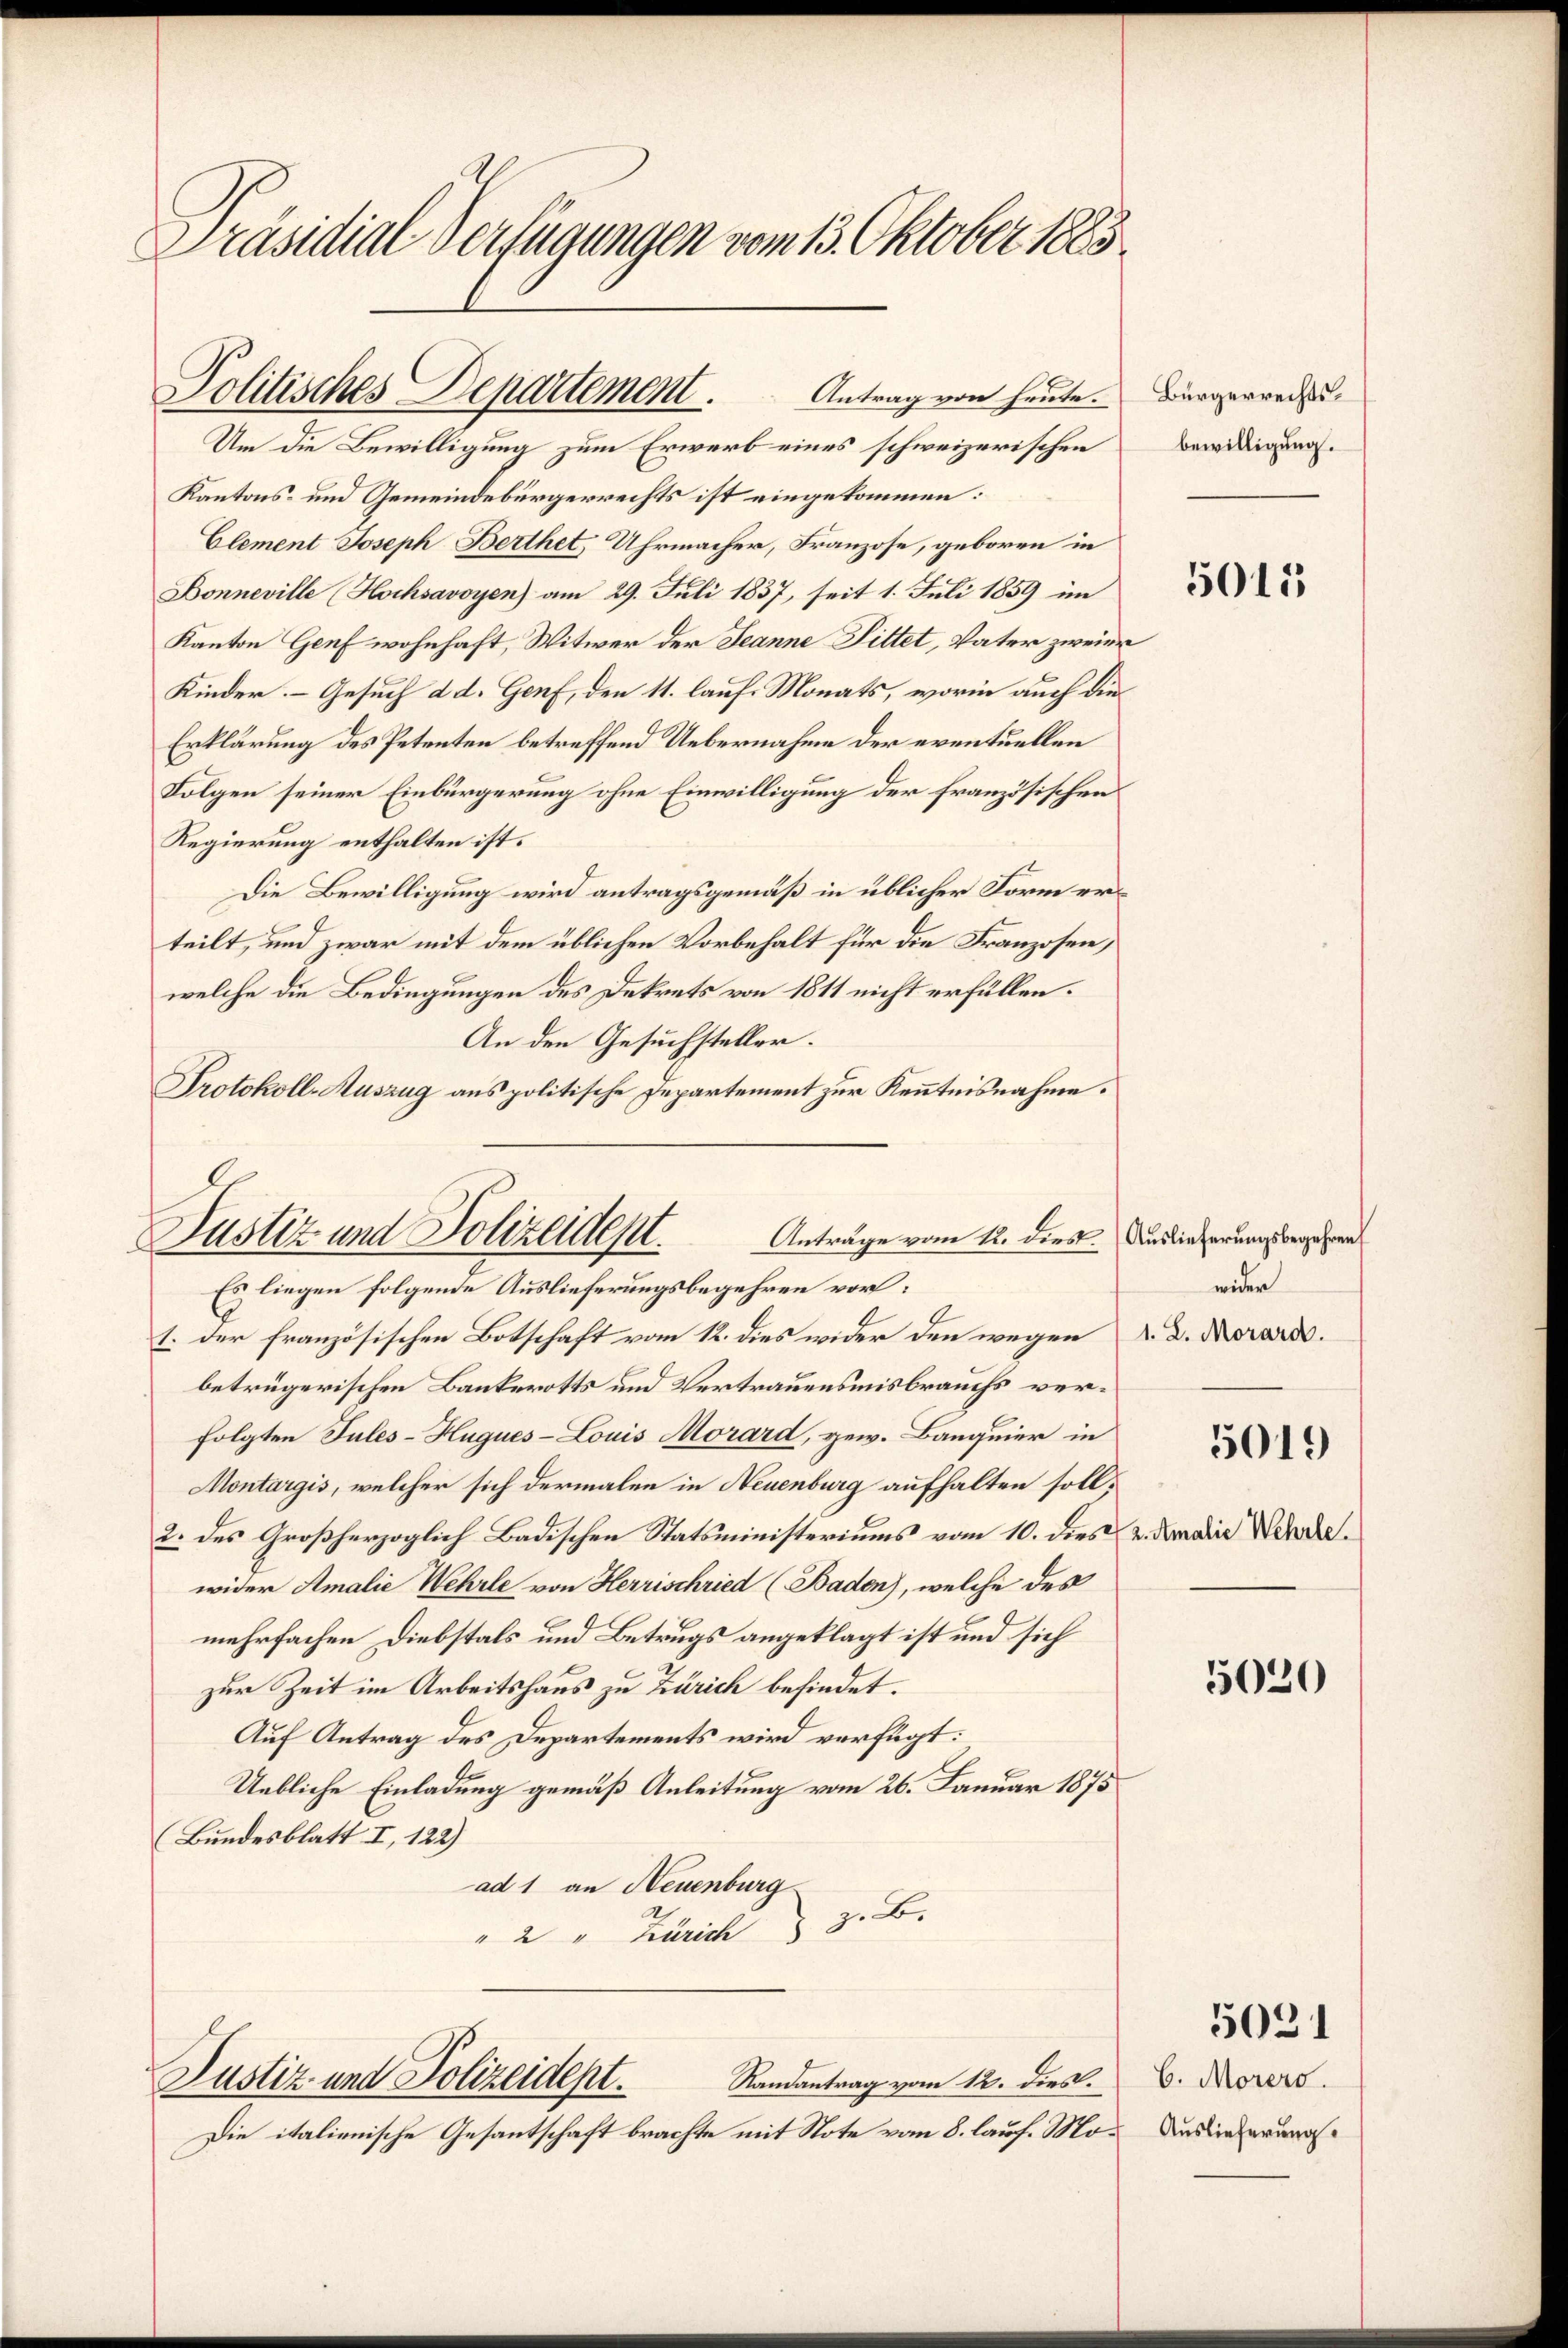
Präsidial-Verfügungen vom 13. Oktober 1883

Politisches Departement. Antrag von heute.
Um die Bewilligung zum Erwerb eines schweizerischen

Justiz und Polizeident.
Anträge vom 12. dies

Justiz- und Polizeidept.

Kantons- und Gemeindebürgerrechts ist eingekommen:
Clement Joseph Berthet, Uhrmacher, Franzose, geboren in
Donneville (Hochsavoyen am 29. Juli 1837, seit 1. Juli 1859 im
Kanton Genf wohnhaft, Witwer der Jeanne Fittet, Vater zweier
Kinder Gesuch d. d. Genf, den 11. lauf Monats, worin auch die
Erklärung des Petenten betreffend Uebernahme der eventuellen
Folgen seiner Einbürgerung ohne Einwilligung der französischen
Regierung enthalten ist.
Die Bewilligung wird antragsgemäß in üblicher Form erteilt, und zwar mit dem üblichen Vorbehalt für die Franzosen,
welche die Bedingungen des Dekrets von 1811 nicht erfüllen.
An den Gesuchsteller.
Protokoll-Auszug aus politische Departement zur Kenntnisnahme.

Es liegen folgende Auslieferungsbegehren vor:
1. der französischen Botschaft vom 12. dies wider den wegen A. D. Morars.
betrügerischen Bankerotts und Vertrauensmisbrauchs verfolgten Jules-Huques-Louis Morard, gew. Banquier in
Montargis, welcher sich dermalen in Neuenburg aufhalten soll,
2. des Großherzoglich Badischen Statsministeriums vom 10. dies u. den die Werdewider Amalie Wehrle von Herrischried (Baden), welche des
mehrfachen Diebstals und Betrugs angeklagt ist und sich
zur Zeit im Arbeitshaus zu Zürich befindet.
Auf Antrag des Departements wird verfügt:
Uebliche Einladung gemäß Anleitung vom 26. Januar 1875
Bundesblatt I, 122)
ad 1 an Neuenburg
A
" 2 " Zürich 3. B.

Randantrag vom 12. dies.
Die italienische Gesantschaft brachte mit Note vom 8. lauf. Mo¬

Bürgerrechtsbewilligung.

5015

Auslieferungsbegehren
wider
5019

5020

5031

C. Morers.
Auslieferung.